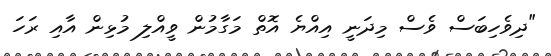
"ދިވެހިބަސް ވެސް މިދަނީ އިއްޔެ އޮތް މަގާމުން ވީއްލި މުޅިން އާއި ރަހަ